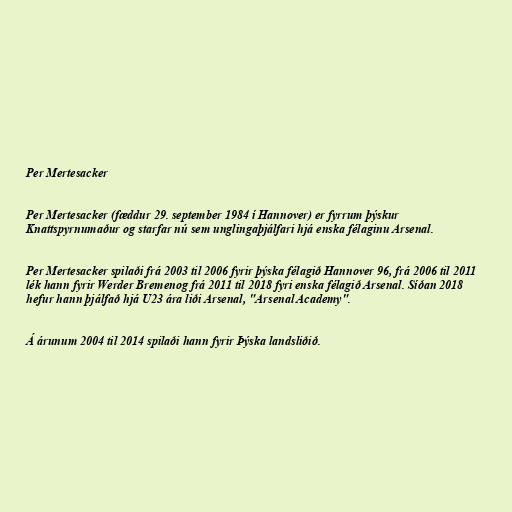
Per Mertesacker

Per Mertesacker (fæddur 29. september 1984 í Hannover) er fyrrum þýskur
Knattspyrnumaður og starfar nú sem unglingaþjálfari hjá enska félaginu Arsenal.

Per Mertesacker spilaði frá 2003 til 2006 fyrir þýska félagið Hannover 96, frá 2006 til 2011
lék hann fyrir Werder Bremenog frá 2011 til 2018 fyri enska félagið Arsenal. Síðan 2018
hefur hann þjálfað hjá U23 ára liði Arsenal, "Arsenal Academy".

Á árunum 2004 til 2014 spilaði hann fyrir Þýska landsliðið.